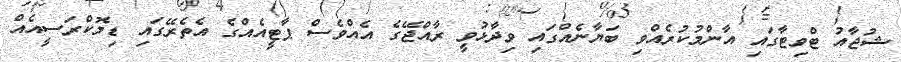
ޝުޖާއު ޓްވިޓާގައި އާންމުކުރެއްވި ބަޔާނެއްގައި ވިދާޅުވީ ރާއްޖޭގެ އެއްވެސް ޕާޓީއެއްގެ އެތެރޭގައި ޑިމޮކްރަސީއެއް